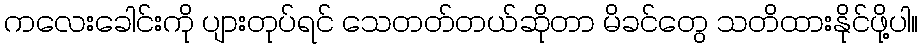
ကလေးခေါင်းကို ပျားတုပ်ရင် သေတတ်တယ်ဆိုတာ မိခင်တွေ သတိထားနိုင်ဖို့ပါ။